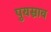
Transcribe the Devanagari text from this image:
पुयस्राव